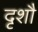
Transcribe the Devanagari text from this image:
दृशौ